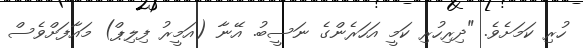
ހުރި ކަމަށެވެ. "ދިރިހުރި ކަމީ އަހަރެންގެ ނަސީބު. އޭނާ (އަމީރު ފިލިޕް) މައާފަށްވެސް